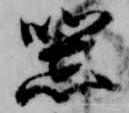
器